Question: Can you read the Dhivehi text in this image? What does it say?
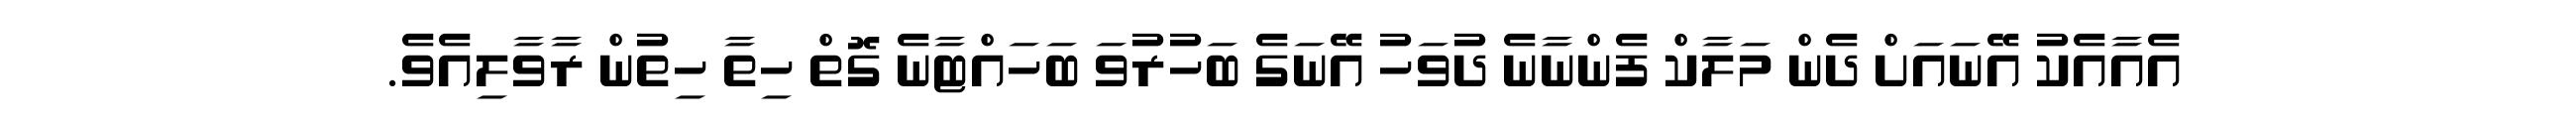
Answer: އެއާއެކު އޭނައަށް ދެން މަލާކް ފެންނާނެ ދުވަހު އޭނަގެ ބަހުރުވަ ބަހައްޓާނެ ގޮތް ހިތާ ހިތުން ރާވާލިއެވެ.